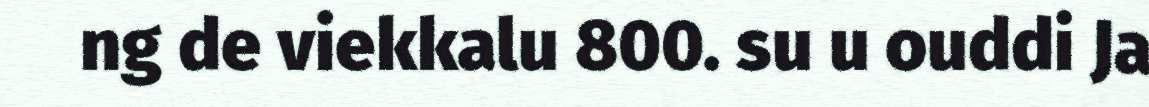
ng de viekkalu 800. su u ouddi Ja